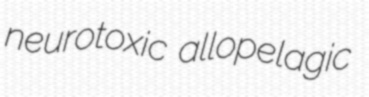
neurotoxic allopelagic